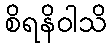
စိရနိဝါသိ